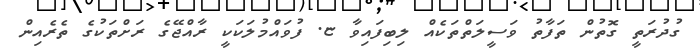
ގުދުރަތީ ގޮތުން ތަފާތު ވަސީލަތްތަކެއް ލިބިފައިވާ ޏ. ފުވައްމުލަކަކީ ރާއްޖޭގެ ރަށްތަކުގެ ތެރެއިން